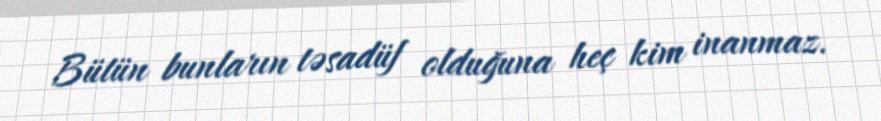
Bütün bunların təsadüf olduğuna heç kim inanmaz.